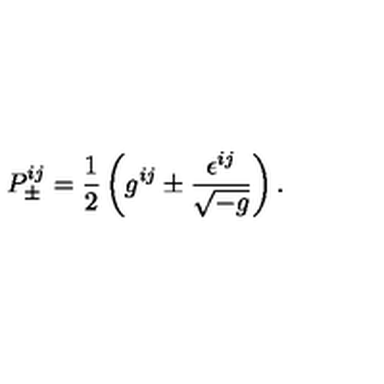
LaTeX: P _ { \pm } ^ { i j } = \frac 1 2 \left( g ^ { i j } \pm \frac { \epsilon ^ { i j } } { \sqrt { - g } } \right) .